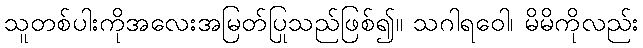
သူတစ်ပါးကိုအလေးအမြတ်ပြုသည်ဖြစ်၍။ သဂါရဝေါ၊ မိမိကိုလည်း